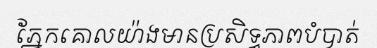
ភ្នែកគោលយ៉ាងមានប្រសិទ្ធភាពបំបាត់